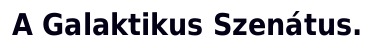
A Galaktikus Szenátus.